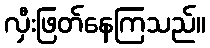
လှီးဖြတ်နေကြသည်။